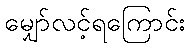
မျှော်လင့်ရကြောင်း